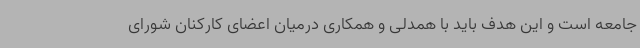
جامعه است و این هدف باید با همدلی و همکاری درمیان اعضای کارکنان شورای